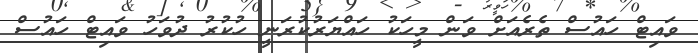
ވައިޓް ހައުސް ތެރެއަށް ވަން މީހަކު ހައްޔަރުކުރަނީ ހުކުރު ދުވަހު ވައިޓް ހައުސް